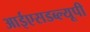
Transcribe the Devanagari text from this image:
आईएसडब्ल्यूपी